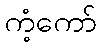
ကံ့ကော်